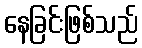
နေခြင်းဖြစ်သည်